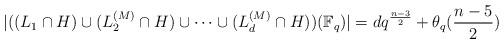
LaTeX: \begin{align*} |((L_1\cap H) \cup (L_2^{(M)}\cap H) \cup \dots \cup (L_d^{(M)}\cap H))(\mathbb{F}_q)| =dq^{\frac{n-3}{2}} + \theta_q(\frac{n-5}{2}) \end{align*}